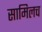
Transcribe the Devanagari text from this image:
सामिलच